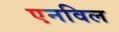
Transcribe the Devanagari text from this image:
एनविल